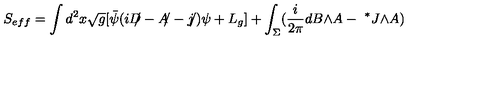
S _ { e f f } = \int d ^ { 2 } x \sqrt { g } [ { \bar { \psi } } ( i { D \! \! \! / } - { A \! \! / } - { j \! \! / } ) \psi + L _ { g } ] + \int _ { \Sigma } ( \frac { i } { 2 \pi } d B { \wedge } A - { \ ^ { * } J } { \wedge } A )